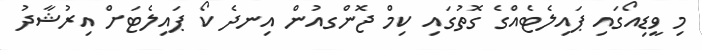
މި ވީޑިއޯގައި ޕައިލެޓެއްގެ ގޮތުގައި ކިމް ޖޮންގއުން އިނދެ ކޯ ޕައިލެޓަށް އިރުޝާދު